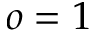
o = 1